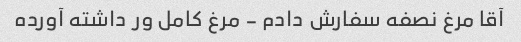
آقا مرغ نصفه سفارش دادم - مرغ کامل ور داشته آورده